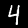
Label: 4